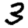
Digit: 3